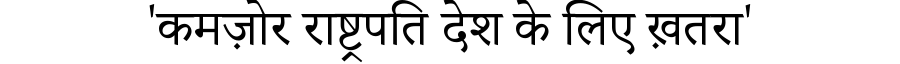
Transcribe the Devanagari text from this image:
'कमज़ोर राष्ट्रपति देश के लिए ख़तरा'